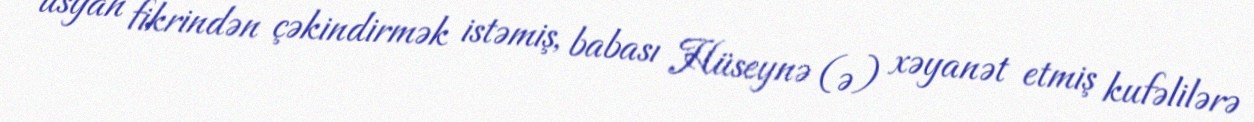
üsyan fikrindən çəkindirmək istəmiş, babası Hüseynə (ə) xəyanət etmiş kufəlilərə